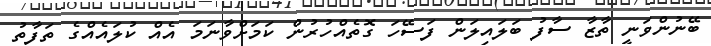
ބޭނުންވަނީ ތާޒާ ސާފު ބަލައިލަން ފަސޭހަ ގޮތެއްހުރުން ކަމަށްވާނަމަ އެއް ކުލައެއްގެ ތަފާތު